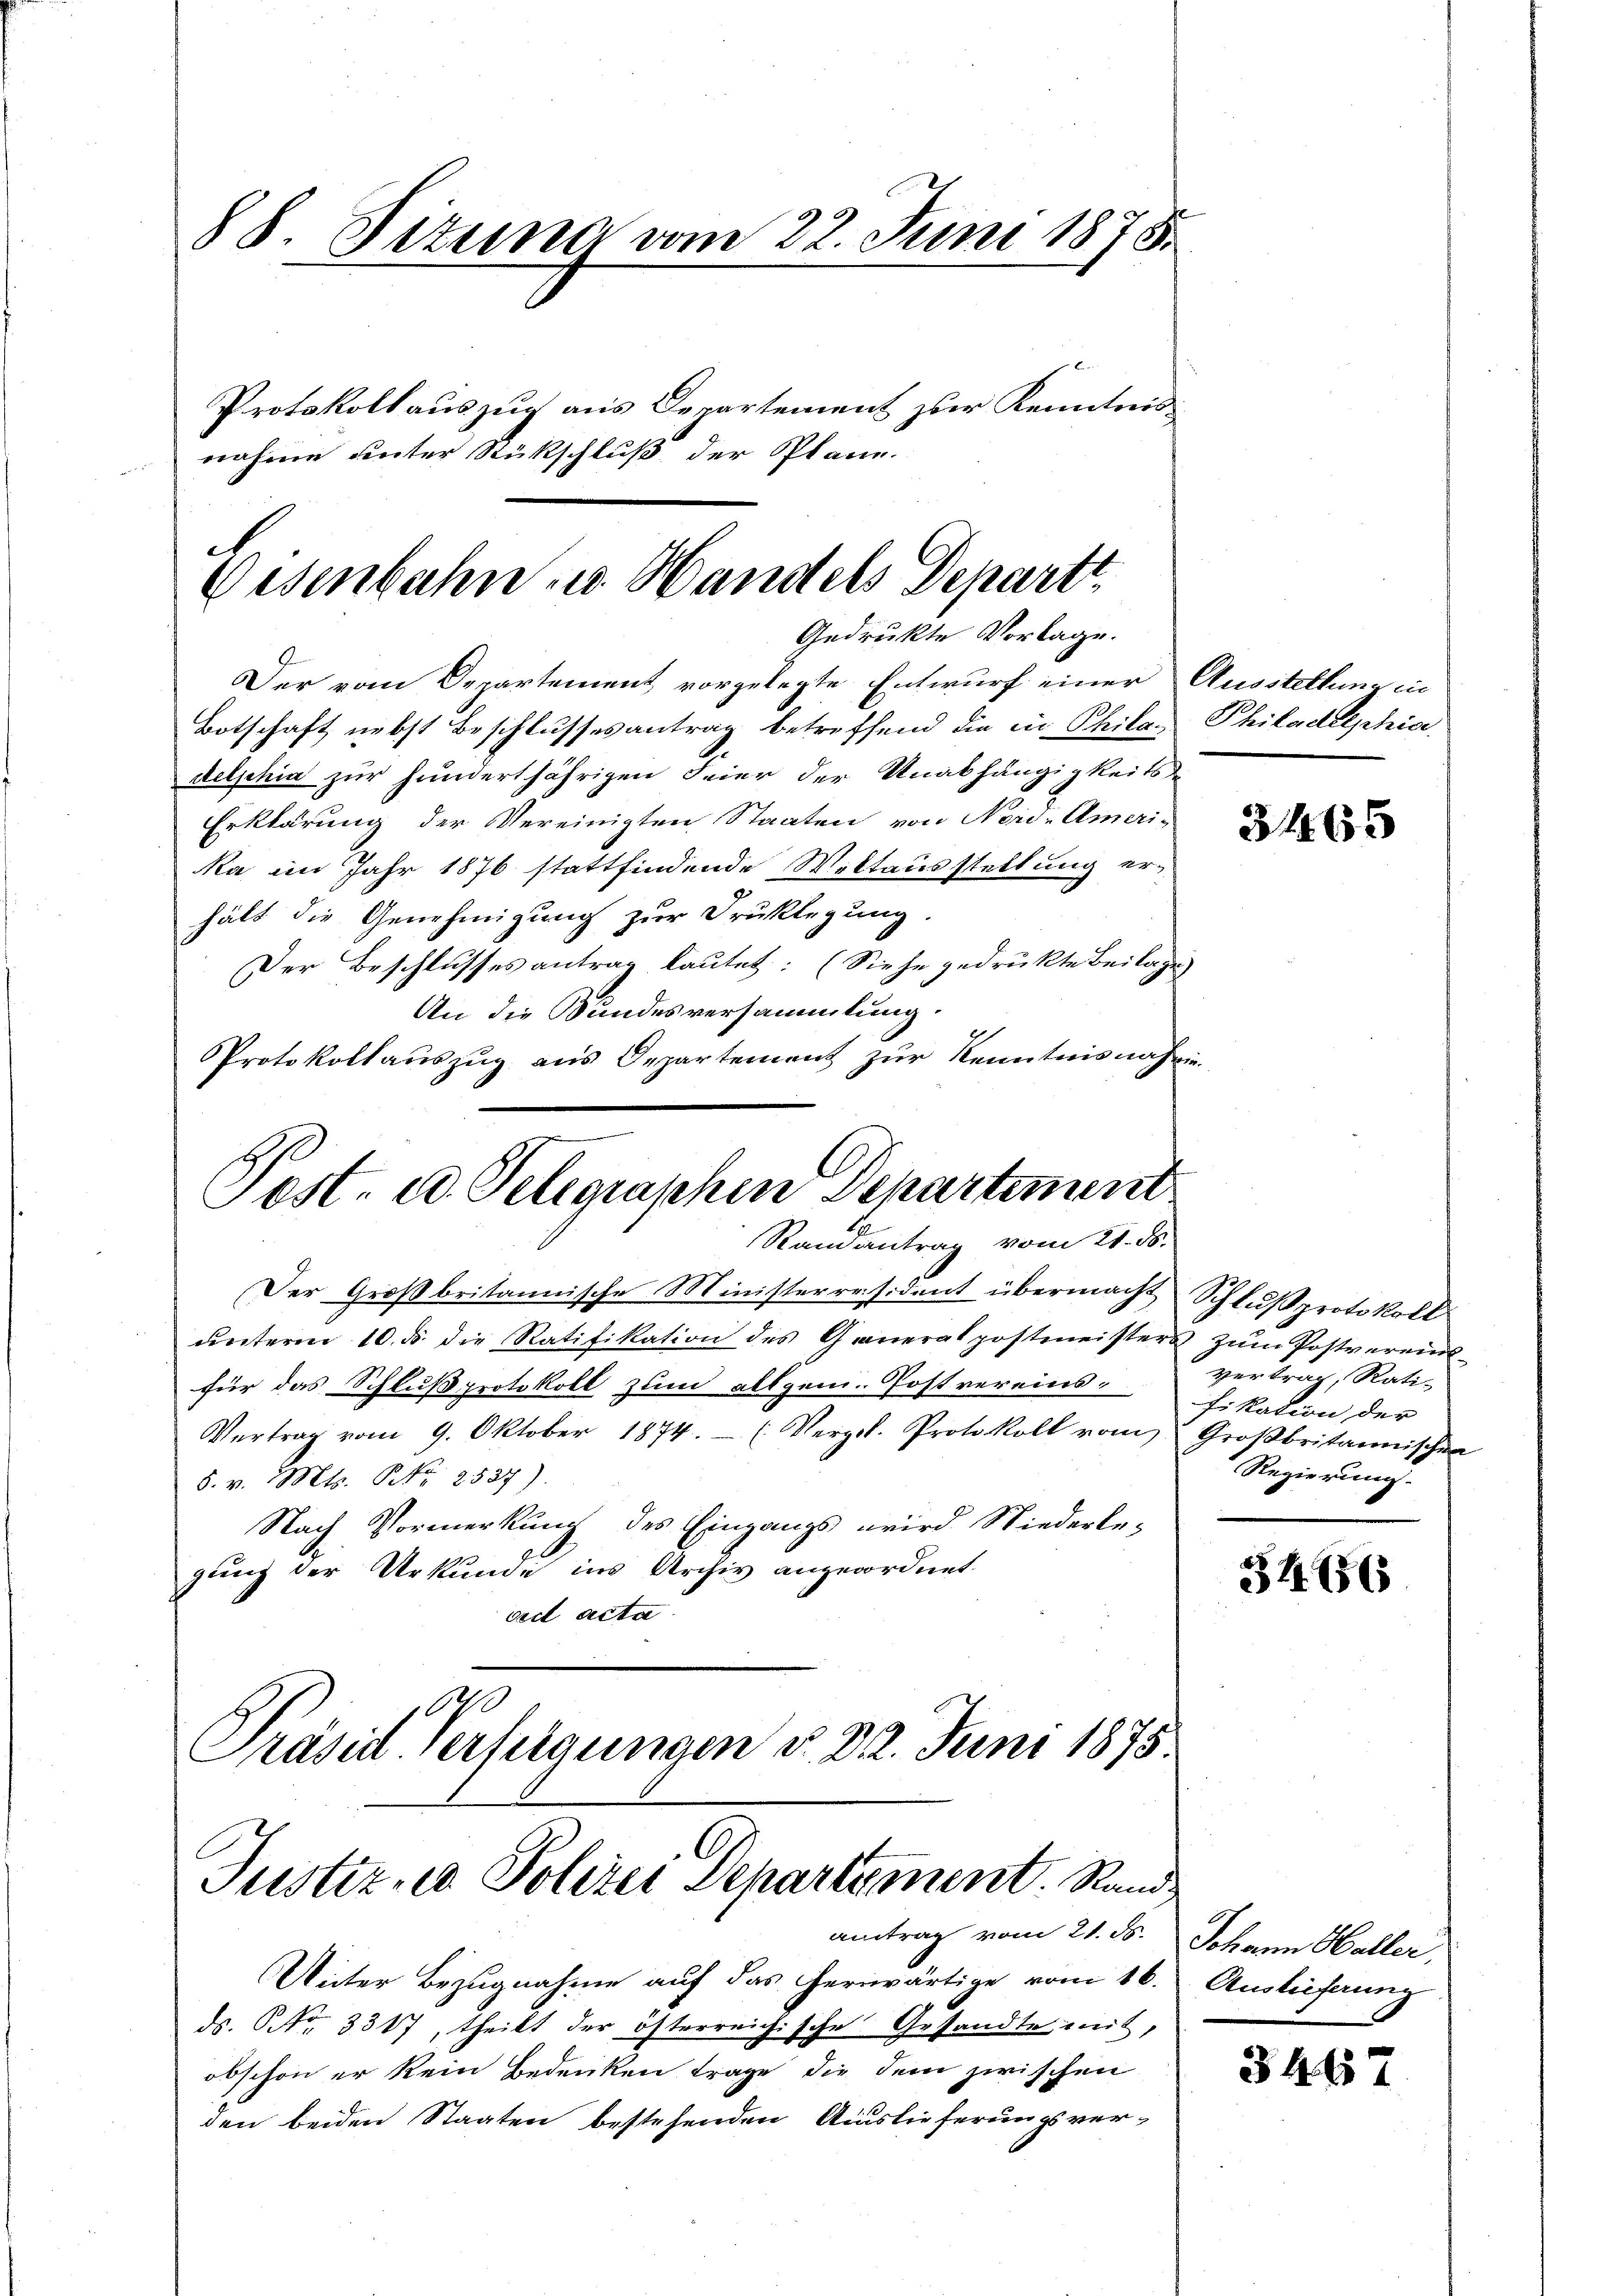
88 Dezuna vom 22. Juni 1875.
Protokoll auszug aus Departement zur Kenntnis
nahme unter Rückschluß der Plan.

Oesenbahn u. Handels Depart
Gedruckte Vorlage.

Post. ad. Telegraphen Departement
Randantrag vom 21. ds.

Der vom Departement vorgelegte Entwurf einer Ausstellung in
Botschaft nebst Beschlussesantrag betreffend die in Phila. Philadelphia
delphia zur hundertjährigen Feier der Unabhängigkeits-
Erklärung der Vereinigten Staaten von Neid-Amerika im Jahr 1876 stattfindende Weltausstellung er-
hält die Genehmigung zur Fruklegung
Der Beschlusses antrag lautet: (Siehe gedruckte Beilage
An die Bundesversammlung.
Protokollauszug aus Departement zur Kenntnisnahme

Der Großbritannische Ministerräsident übermacht Schlußprotokoll
ŭnterm 10. ds. die Ratifikation des Generalpostmeisters zŭm Postvereins-
für das Schlußprotokoll zum allgem. Post vereins¬
Vertrag vom 9. Oktober 1874. (Vergl. Protokoll vom Großbritannischen
5. v. Mts. Nr. 2527).
Nach Vormerkung des Eingangs wird Niederlegung der Urkunde ins Archiv angeordnet.
vedl acta
0
Präsid Verfügungen d. 22. Juni 1875.

Justiz- u Polizei Departement. Rand

antrag vom 21. ds.
Unter Bezugnahme auf das herwärtige vom 16. Auslieferung
ds. Nr. 3317, theilt der österreichische Gesandte mit,
obschon er kein Bedenken trage, die dem zwischen
den beiden Staaten bestehenden Auslieferungsver-

3465

vertrag, Rati-
fikation der
Regierung.

34156

Johann Haller,

346